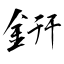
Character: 銒